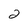
Character: 2